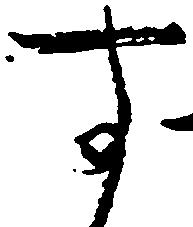
す